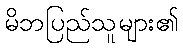
မိဘပြည်သူများ၏